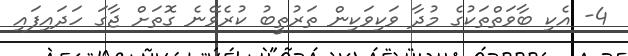
4- އެކި ބާވަތްތަކުގެ މުދާ ވަކިވަކިން ތަރުތީބު ކުރެވޭނެ ގޮތަށް ޖާގަ ހަދައިފައި